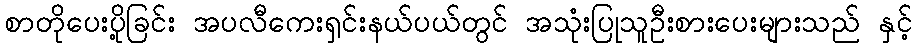
စာတိုပေးပို့ခြင်း အပလီကေးရှင်းနယ်ပယ်တွင် အသုံးပြုသူဦးစားပေးများသည် နှင့်